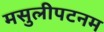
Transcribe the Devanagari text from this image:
मसुलीपटनम